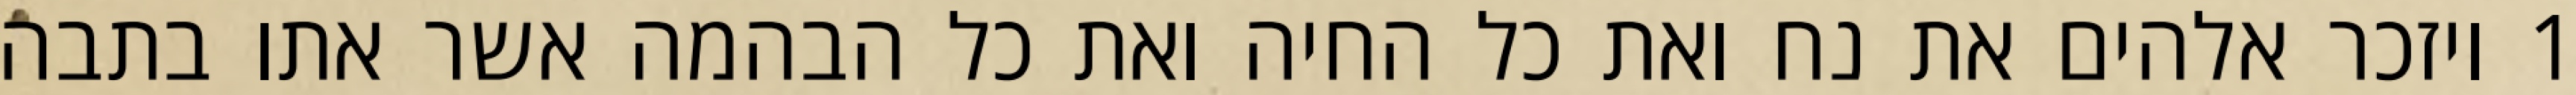
1 ויזכר אלהים את נח ואת כל החיה ואת כל הבהמה אשר אתו בתבה